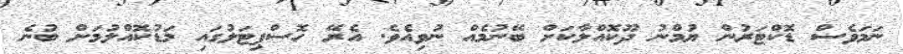
ނަމަވެސް ޑޮކްޓަރުން ޔުމްނު ދޫކޮއްލާކަށް ބޭނުމެއް ނުވިއެވެ. އެރޭ ހޮސްޕިޓަލުގައި މަޑުކޮއްލުމަށް ބުނެ